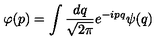
\varphi ( p ) = \int \frac { d q } { \sqrt { 2 \pi } } e ^ { - i p q } \psi ( q )